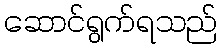
ဆောင်ရွက်ရသည်